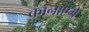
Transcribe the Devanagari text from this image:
कानाएग्रे